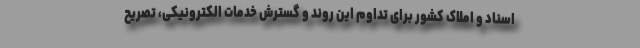
اسناد و املاک کشور برای تداوم این روند و گسترش خدمات الکترونیکی، تصریح